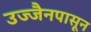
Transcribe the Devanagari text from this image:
उज्जैनपासून